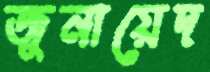
জুনায়েদ